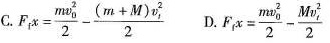
C.$$F _ { f } x = \frac { m v _ { 0 } ^ { 2 } } { 2 } - \frac { ( m + M ) v _ { t } ^ { 2 } } { 2 }$$ D.$$F _ { f } x= \frac { m v _ { 0 } ^ { 2 } } { 2 } - \frac { M v _ { t } ^ { 2 } } { 2 }$$